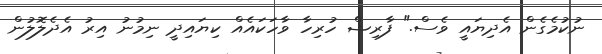
ނުކުމެގެން އެދިޔައީ ވެސް." ފާރިޝް ހުރިހާ ވާހަކައެއް ކިޔައިދީ ނިމުނު އިރު އެދެލޮލުން